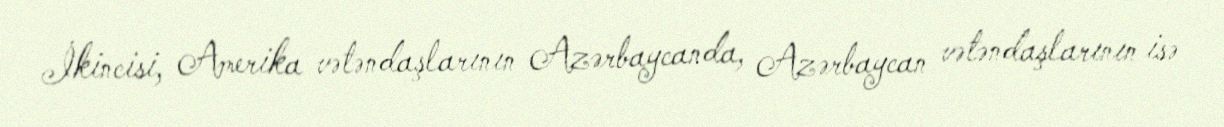
İkincisi, Amerika vətəndaşlarının Azərbaycanda, Azərbaycan vətəndaşlarının isə